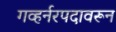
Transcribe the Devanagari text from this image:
गव्हर्नरपदावरून